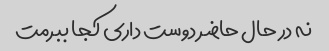
نه در حال حاضر دوست داری کجا ببرمت